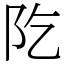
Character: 阣